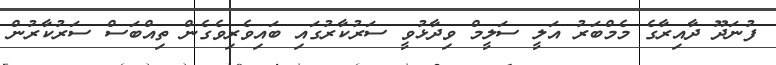
ފުނަދޫ ދާއިރާގެ މެމްބަރު އަލީ ސަލީމް ވިދާޅުވީ ސަރުކާރުގައި ބައިވެރިވެގެން ތިއްބަސް ސަރުކާރުން